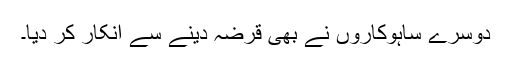
دوسرے ساہوکاروں نے بھی قرضہ دینے سے انکار کر دیا۔